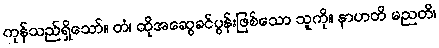
ကုန်သည်ရှိသော်။ တံ၊ ထိုအဆွေခင်ပွန်းဖြစ်သော သူကို။ နာဟတိ မညတိ၊